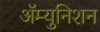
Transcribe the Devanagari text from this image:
ॲम्युनिशन